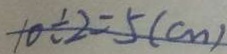
1 0 \div 2 = 5 ( c m )